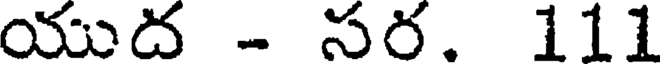
యుద - సర. 111